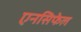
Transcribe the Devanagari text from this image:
एनसिफेल